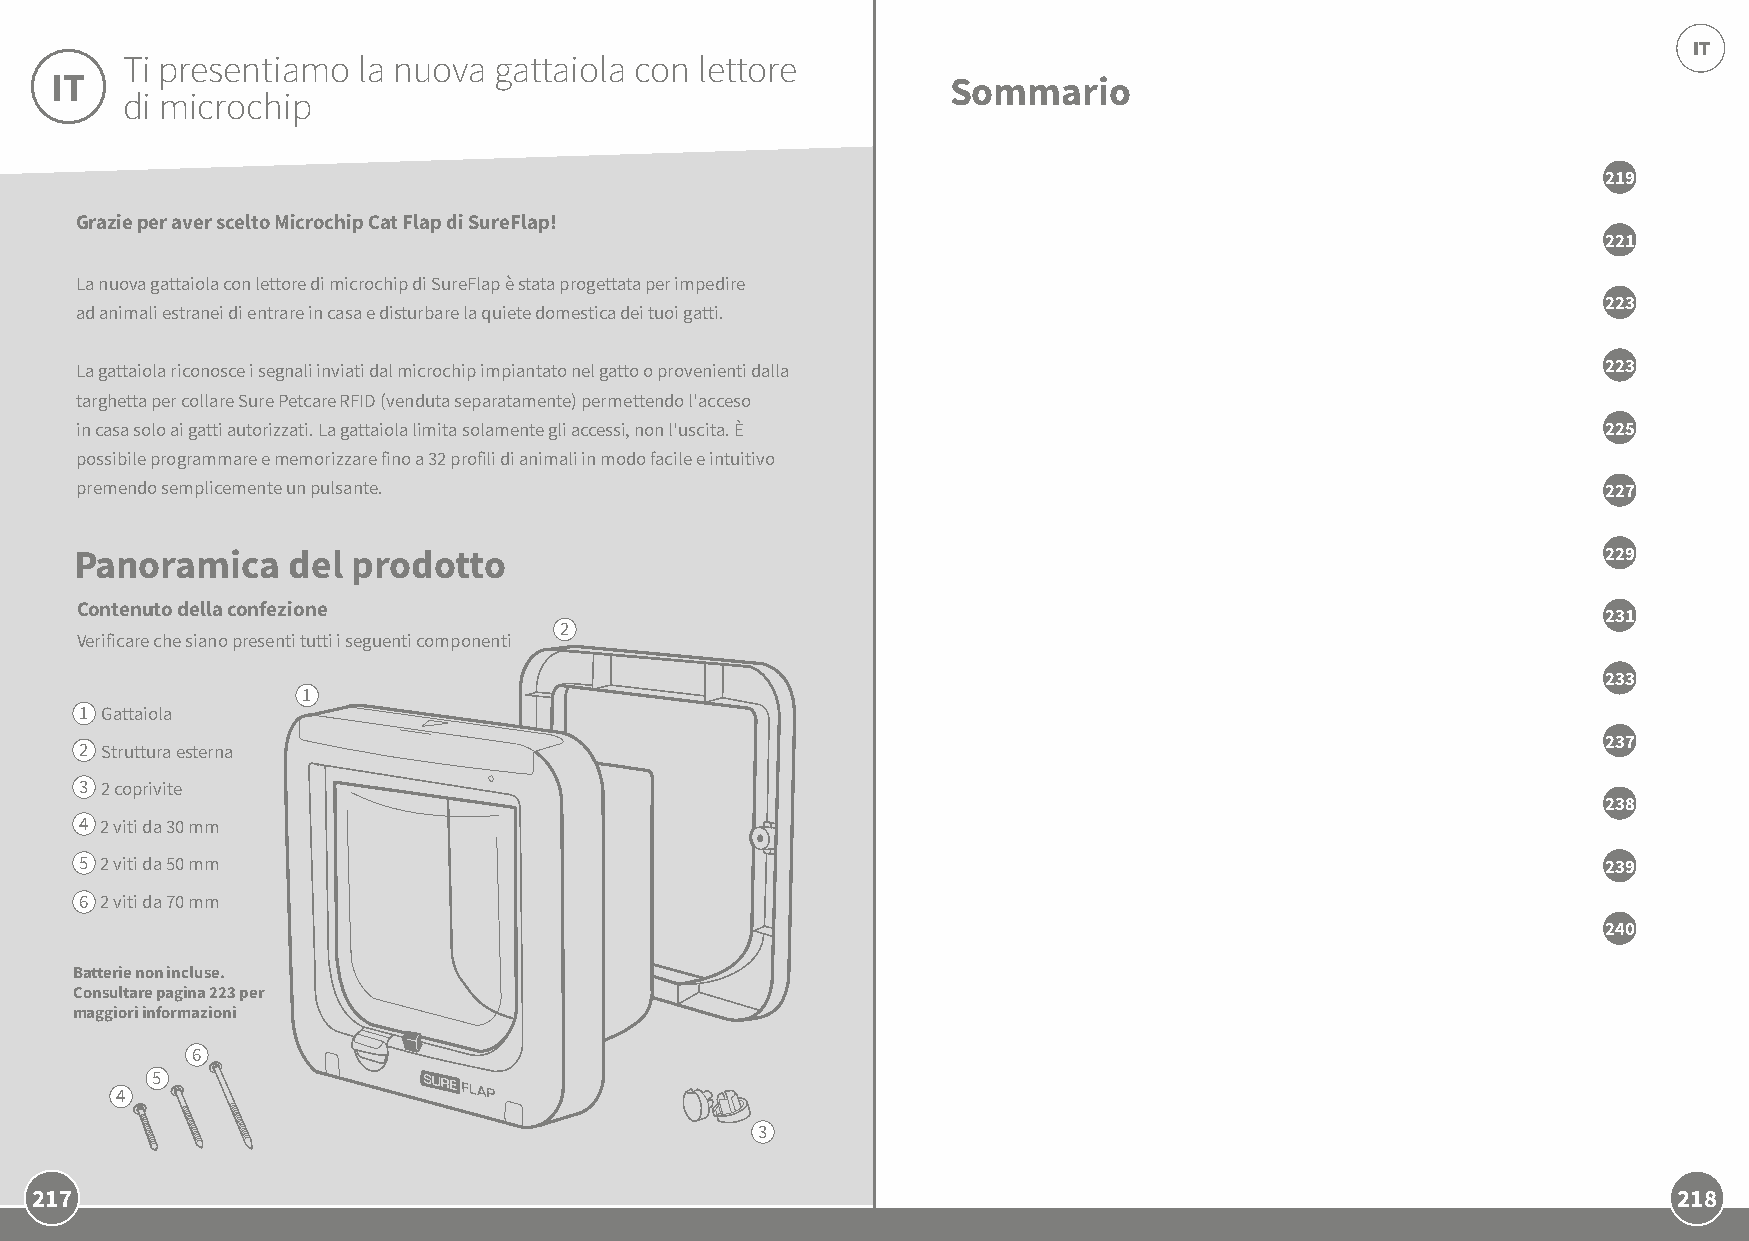
IT
 Ti presentiamo  la nuova gattaiola con lettore
 IT                                                          Sommario
 di microchip
 219
 Grazie per aver scelto Microchip Cat Flap di SureFlap!
 221
 La nuova gattaiola con lettore di microchip di SureFlap è stata progettata per impedire
 223
 ad animali estranei di entrare in casa e disturbare la quiete domestica dei tuoi gatti.
 La gattaiola riconosce i segnali inviati dal microchip impiantato nel gatto o provenienti dalla      223
 targhetta per collare Sure Petcare RFID (venduta separatamente) permettendo l'acceso
 in casa solo ai gatti autorizzati. La gattaiola limita solamente gli accessi, non l'uscita. È        225
 possibile programmare e memorizzare fino a 32 profili di animali in modo facile e intuitivo
 premendo semplicemente un pulsante.                                                                  227
 Panoramica    del prodotto                                                                           229
 Contenuto della confezione
 231
 2
 Verificare che siano presenti tutti i seguenti componenti
 233
 1
 1 Gattaiola
 237
 2 Struttura esterna
 3 2 coprivite
 238
 4 2 viti da 30 mm
 5 2 viti da 50 mm                                                                                    239
 6 2 viti da 70 mm
 240
 Batterie non incluse.
 Consultare pagina 223 per
 maggiori informazioni
 6
 5
 4
 3
 217                                                                                                          218